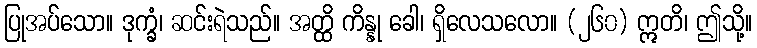
ပြုအပ်သော။ ဒုက္ခံ၊ ဆင်းရဲသည်။ အတ္ထိ ကိန္နု ခေါ၊ ရှိလေသလော။ (၂၆၀) ဣတိ၊ ဤသို့။